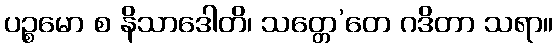
ပဉ္စမော စ နိသာဒေါတိ၊ သတ္တေ’တေ ဂဒိတာ သရာ။